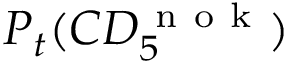
P _ { t } ( C D _ { 5 } ^ { \mathrm { ~ n ~ o ~ k ~ } } )